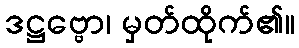
ဒဋ္ဌဗ္ဗော၊ မှတ်ထိုက်၏။